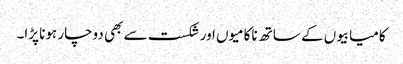
کامیابیوں کے ساتھ ناکامیوں اور شکست سے بھی دوچار ہونا پڑا۔